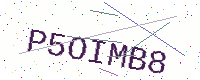
Text: P5OIMB8